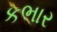
કભાર